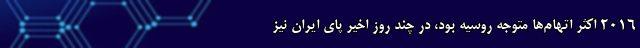
۲۰۱۶ اکثر اتهام‌ها متوجه روسیه بود، در چند روز اخیر پای ایران نیز